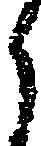
候